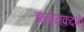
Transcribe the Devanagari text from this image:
चलहलकदमी